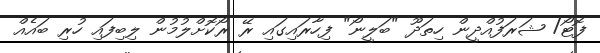
ފޮޓޯ/ ޝަރަފުއްދީން ހިތަދޫ "ބަލީނޯ" ފިހާރައިގައި ރޭ ރޯކޮށްލުމުން ލިބިފައި ހުރި ބައެއް